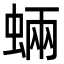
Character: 蜽